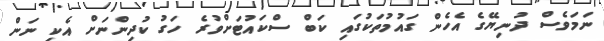
ނަމަވެސް ދުނިޔޭގެ އެހެން ގައުމުތަކުގައި ކަބް ސްކައުޓަށްވުރެ ހަގު ކުދިންނަށް އެކި ނަން